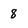
Character: 8